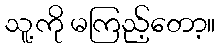
သူ့ကို မကြည့်တော့။